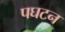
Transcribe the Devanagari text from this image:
पघटन